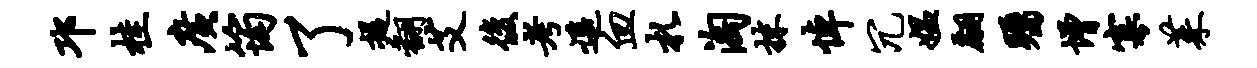
邛桂广筠了提翻艾后考遥血札淘抹悼冗媪翩瞩增寡茱